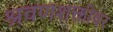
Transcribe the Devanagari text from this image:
श्रवणशक्तीवर